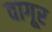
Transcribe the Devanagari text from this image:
वागूर